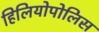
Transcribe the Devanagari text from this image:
हिलियोपोलिस